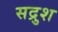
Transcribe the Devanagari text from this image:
सद्रुश